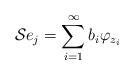
LaTeX: \begin{align*}\mathcal{S}e_{j}=\sum_{i=1}^{\infty}b_{i}\varphi_{z_{i}} \end{align*}